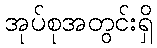
အုပ်စုအတွင်းရှိ